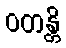
ဝတန္တိ